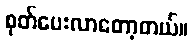
စုတ်ပေးလာတော့တယ်။